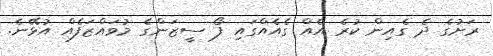
ރަށުގެ ދެ ގެއިން ކުރެ އެއް ގެއެއްގައި ފޯ ސީޒަންގެ މުވައްޒަފެއް އުޅޭނެ.